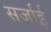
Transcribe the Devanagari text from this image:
सर्जाई